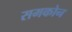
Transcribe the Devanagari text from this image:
समकोन